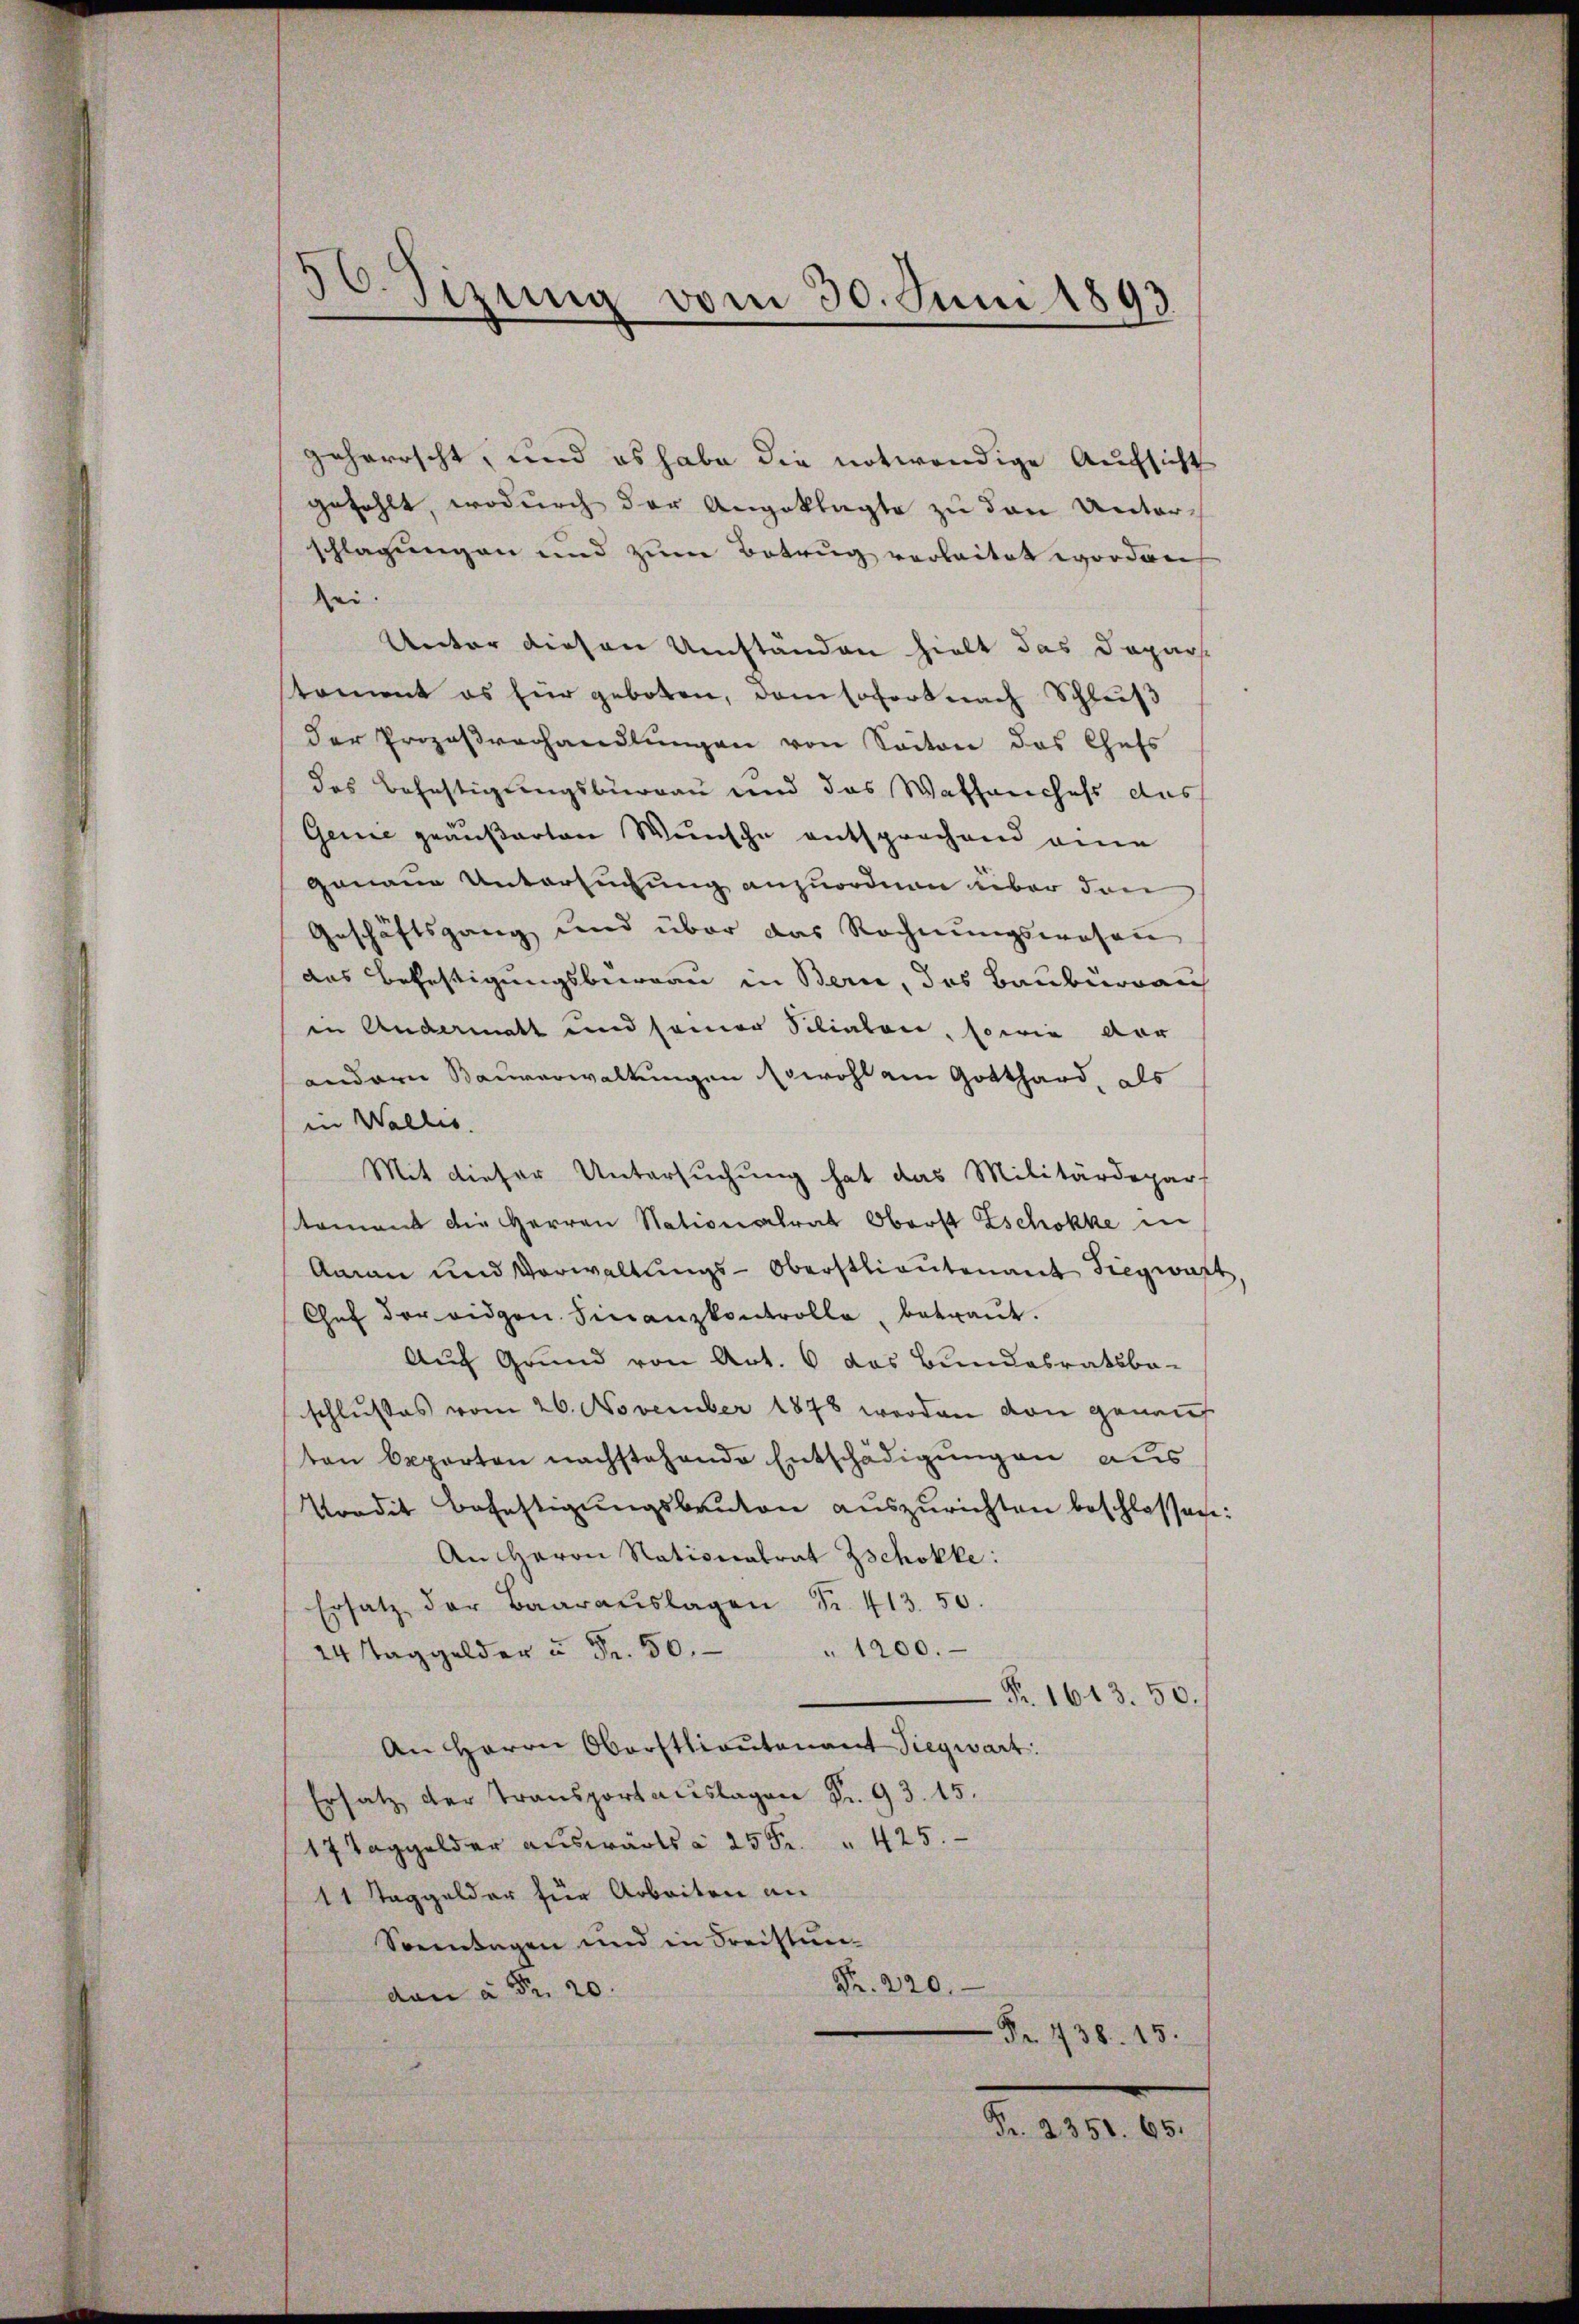
)
2Sizung vom 30. Juni 1893.

geherrscht, und es habe die notwendige Aufsicht
gefehlt, wodurch der Angeklagte zu den Unterschlagungen und zum Betrug verleitet worden,
sei.
Unter diesen Umständen hielt das Dopar-
toment es für geboten, dem sofort nach Schluß
der Prozeβverhandlŭngen von Seiten das Chefs
das Befestigungsburgau und das Waffenchefs das
Genie geäußerten Wunsche entsprechend eine
genaue Untersuchung anzuordnen über den
Geschäftsgang und über das Rechnungswesen
das Befestigungsbeweau in Bern, das Bauburgau
in Andermatt und seiner Silialen, sowie vor
andern Bauverwaltungen sowohl am Gotthard, als
in Wallis.
Mit dieser Untersuchung hat das Militärdepar
stament die HHerren Nationalrat Oberst Eschokke in
Aman und Verwaltungs-Oberstlieutenant Siegwart,
Chef der eidgen. Finanzkontrolle, betraŭt.
Auch Grund von Art. 6 das Bundesratsbe-
schlusses vom 26. November 1878 werden von genauf
ton Opporten nachstehende Entschädigungen aus
Predit Befestigungsbauten auszurichten beschlossen:
An Herrn Nationalrat Zschokke:
Ersatz der Baaraŭslagen Fr. 413. 50.
14 Taggelder u Fr. 50. " 1200.
Fr. 1613. 50.
An Herrn Oberstlieutenant Siegwart
Ersatz der Transportauslagen Fr. 93. 15.
17 Taggelder auswärts à 25 Fr. " 425.
1 1 Taggelder für Arbeiten an
Sonntagen und in Freistun¬
Fr. 220.
dan à Fr. 20.
Fr. 438. 15.
Pr. 2351. 65.